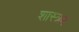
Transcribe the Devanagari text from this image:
शास्त्रम